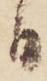
日